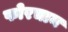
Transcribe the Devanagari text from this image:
फोरचान